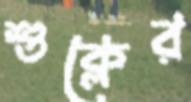
শুক্লের